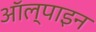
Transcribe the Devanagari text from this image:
ऑल्पाइन